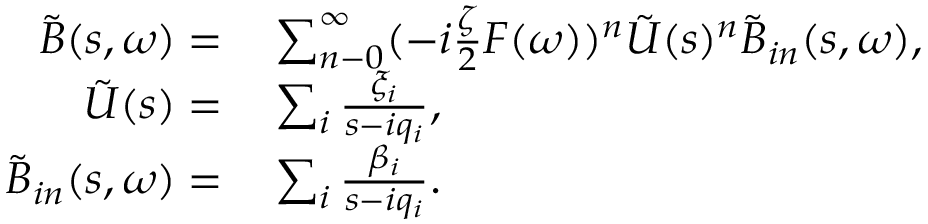
\begin{array} { r l } { \tilde { B } ( s , \omega ) = } & { { } \sum _ { n - 0 } ^ { \infty } ( - i \frac { \zeta } { 2 } F ( \omega ) ) ^ { n } \tilde { U } ( s ) ^ { n } \tilde { B } _ { i n } ( s , \omega ) , } \\ { \tilde { U } ( s ) = } & { { } \sum _ { i } \frac { \xi _ { i } } { s - i q _ { i } } , } \\ { \tilde { B } _ { i n } ( s , \omega ) = } & { { } \sum _ { i } \frac { \beta _ { i } } { s - i q _ { i } } . } \end{array}